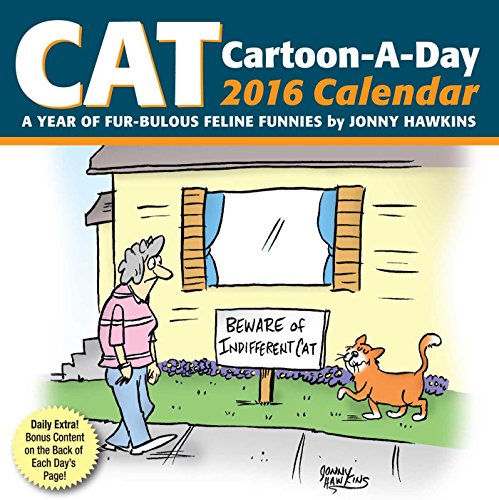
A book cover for Cat Cartoon-A Day 2016 Day-to-Day Calendar: A Year of Fur-bulous Feline Funnies; Jonny Hawkins; Calendars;